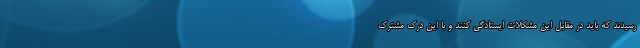
رسیدند که باید در مقابل این مشکلات ایستادگی کنند و با این درک مشترک